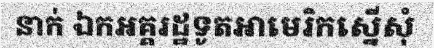
នាក់ ឯកអគ្គរដ្ឋទូតអាមេរិកស្នើសុំ